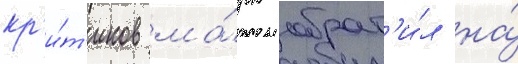
кр'и́т'иков ма́рк обрат'и́л на́